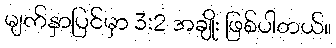
မျက်နှာပြင်မှာ 3:2 အချိုး ဖြစ်ပါတယ်။